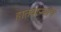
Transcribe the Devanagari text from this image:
हातवार्‍यांचे